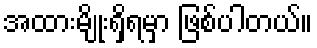
အထားမျိုးရှိရမှာ ဖြစ်ပါတယ်။